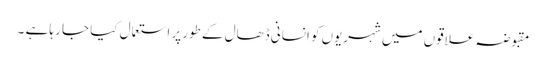
مقبوضہ علاقوں میں شہریوں کو انسانی ڈھال کے طورپر استعمال کیا جا رہا ہے ۔